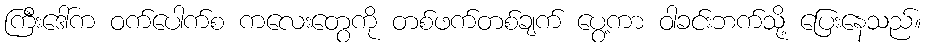
ကြီးဒေါ်က ဝက်ပေါက်စ ကလေးတွေကို တစ်ဖက်တစ်ချက် ပွေ့ကာ ဝါခင်းဘက်သို့ ပြေးနေသည်။